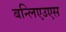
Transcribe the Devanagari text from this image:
बन्लिएउएस